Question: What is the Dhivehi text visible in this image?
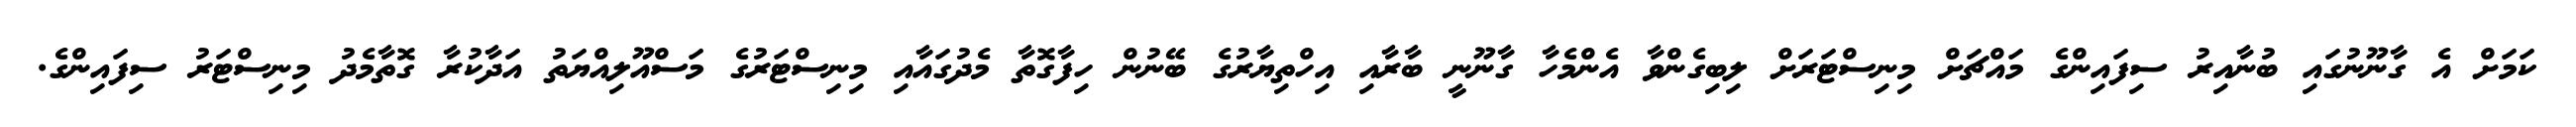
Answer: ކަމަށް އެ ގާނޫނުގައި ބުނާއިރު ސިފައިންގެ މައްޗަށް މިނިސްޓަރަށް ލިބިގެންވާ އެންމެހާ ގާނޫނީ ބާރާއި އިހްތިޔާރުގެ ބޭނުން ހިފާގޮތާ މެދުގައާއި މިނިސްޓަރުގެ މަސްއޫލިއްޔަތު އަދާކުރާ ގޮތާމެދު މިނިސްޓަރު ސިފައިންގެ.